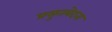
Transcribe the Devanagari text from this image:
प्रसुतवेदना